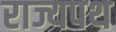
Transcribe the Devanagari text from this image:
राज्यपथ